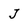
Character: J